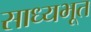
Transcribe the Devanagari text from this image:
साध्यभूत